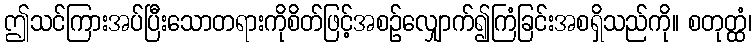
ဤသင်ကြားအပ်ပြီးသောတရားကိုစိတ်ဖြင့်အစဉ်လျှောက်၍ကြံခြင်းအစရှိသည်ကို။ စတုတ္ထံ၊